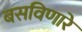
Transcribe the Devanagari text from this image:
बसविणारे